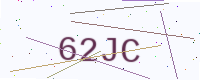
Text: 62JC